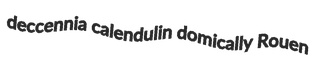
deccennia calendulin domically Rouen